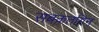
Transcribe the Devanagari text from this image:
सबक़तग़िन